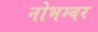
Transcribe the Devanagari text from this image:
नोभम्बर